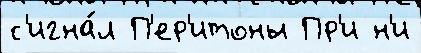
с'игна́л П'ер'итоны Пр'и н'и